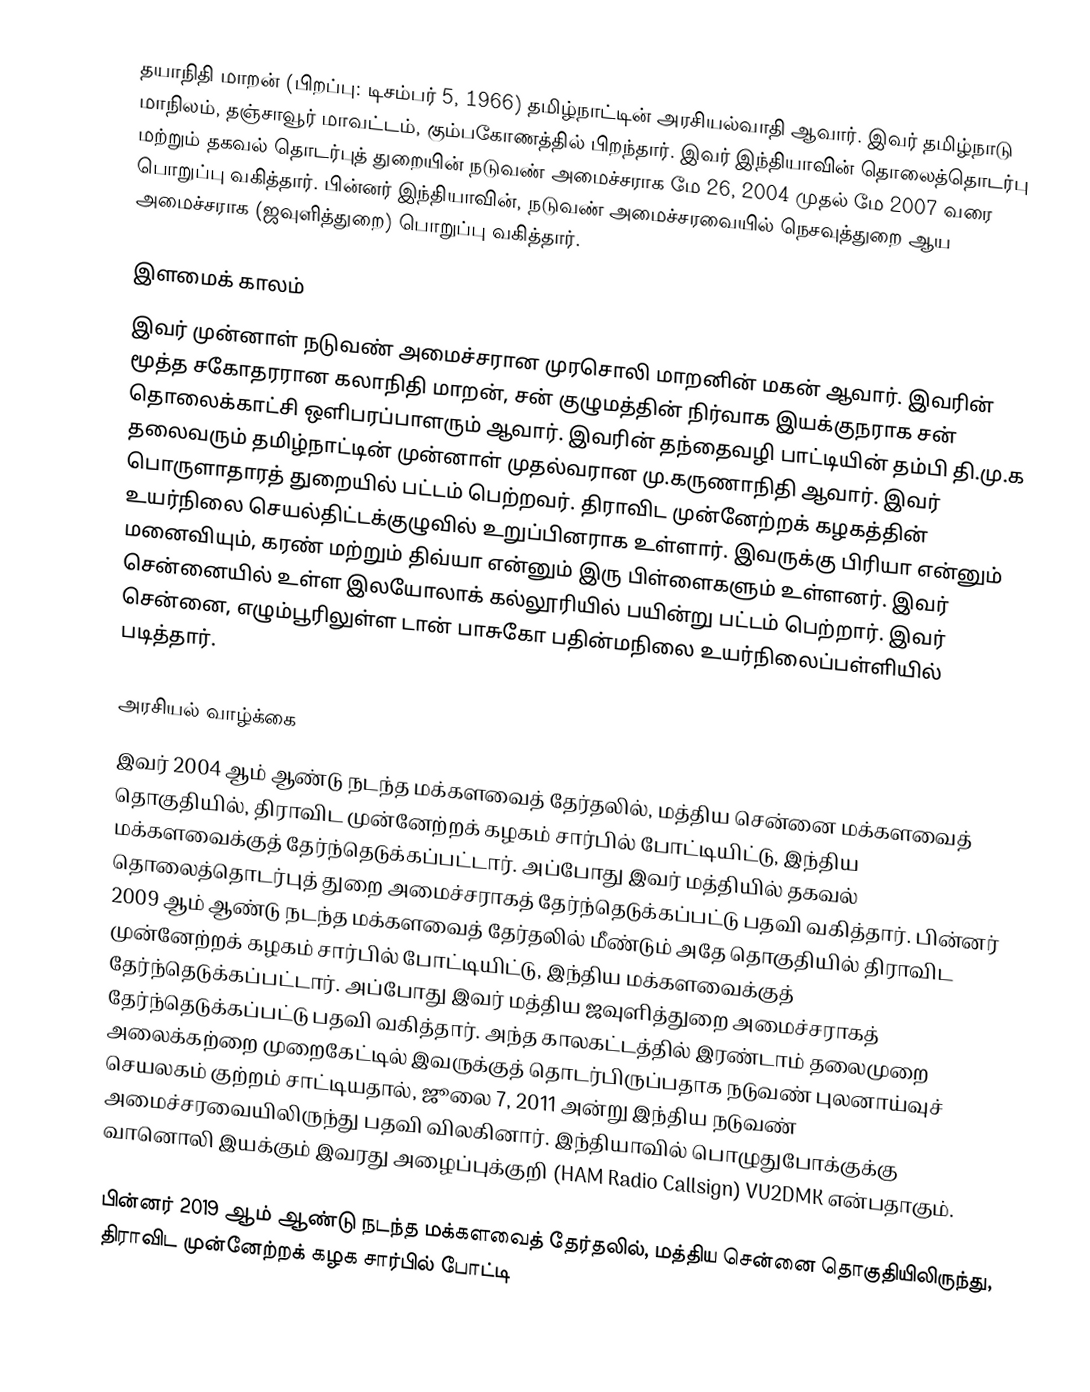
தயாநிதி மாறன் (பிறப்பு: டிசம்பர் 5, 1966) தமிழ்நாட்டின் அரசியல்வாதி ஆவார். இவர் தமிழ்நாடு மாநிலம், தஞ்சாவூர் மாவட்டம், கும்பகோணத்தில் பிறந்தார். இவர் இந்தியாவின் தொலைத்தொடர்பு மற்றும் தகவல் தொடர்புத் துறையின் நடுவண் அமைச்சராக மே 26, 2004 முதல் மே 2007 வரை பொறுப்பு வகித்தார். பின்னர் இந்தியாவின், நடுவண் அமைச்சரவையில் நெசவுத்துறை ஆய அமைச்சராக (ஜவுளித்துறை) பொறுப்பு வகித்தார்.

இளமைக் காலம்
இவர் முன்னாள் நடுவண் அமைச்சரான முரசொலி மாறனின் மகன் ஆவார். இவரின் மூத்த சகோதரரான கலாநிதி மாறன், சன் குழுமத்தின் நிர்வாக இயக்குநராக சன் தொலைக்காட்சி ஒளிபரப்பாளரும் ஆவார். இவரின் தந்தைவழி பாட்டியின் தம்பி தி.மு.க தலைவரும் தமிழ்நாட்டின் முன்னாள் முதல்வரான மு.கருணாநிதி ஆவார். இவர் பொருளாதாரத் துறையில் பட்டம் பெற்றவர். திராவிட முன்னேற்றக் கழகத்தின் உயர்நிலை செயல்திட்டக்குழுவில் உறுப்பினராக உள்ளார். இவருக்கு பிரியா என்னும் மனைவியும், கரண் மற்றும் திவ்யா என்னும் இரு பிள்ளைகளும் உள்ளனர். இவர் சென்னையில் உள்ள இலயோலாக் கல்லூரியில் பயின்று பட்டம் பெற்றார். இவர் சென்னை, எழும்பூரிலுள்ள டான் பாசுகோ பதின்மநிலை உயர்நிலைப்பள்ளியில் படித்தார்.

அரசியல் வாழ்க்கை
இவர் 2004 ஆம் ஆண்டு நடந்த மக்களவைத் தேர்தலில், மத்திய சென்னை மக்களவைத் தொகுதியில், திராவிட முன்னேற்றக் கழகம் சார்பில் போட்டியிட்டு, இந்திய மக்களவைக்குத் தேர்ந்தெடுக்கப்பட்டார். அப்போது இவர் மத்தியில் தகவல் தொலைத்தொடர்புத் துறை அமைச்சராகத் தேர்ந்தெடுக்கப்பட்டு பதவி வகித்தார். பின்னர் 2009 ஆம் ஆண்டு நடந்த மக்களவைத் தேர்தலில் மீண்டும் அதே தொகுதியில் திராவிட முன்னேற்றக் கழகம் சார்பில் போட்டியிட்டு, இந்திய மக்களவைக்குத் தேர்ந்தெடுக்கப்பட்டார். அப்போது இவர் மத்திய ஜவுளித்துறை அமைச்சராகத் தேர்ந்தெடுக்கப்பட்டு பதவி வகித்தார். அந்த காலகட்டத்தில் இரண்டாம் தலைமுறை அலைக்கற்றை முறைகேட்டில் இவருக்குத் தொடர்பிருப்பதாக நடுவண் புலனாய்வுச் செயலகம் குற்றம் சாட்டியதால், ஜூலை 7, 2011 அன்று இந்திய நடுவண் அமைச்சரவையிலிருந்து பதவி விலகினார். இந்தியாவில் பொழுதுபோக்குக்கு வானொலி இயக்கும் இவரது அழைப்புக்குறி (HAM Radio Callsign) VU2DMK என்பதாகும்.

பின்னர் 2019 ஆம் ஆண்டு நடந்த மக்களவைத் தேர்தலில், மத்திய சென்னை தொகுதியிலிருந்து, திராவிட முன்னேற்றக் கழக சார்பில் போட்டி